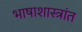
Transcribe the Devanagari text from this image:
भाषाशास्त्रांत